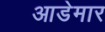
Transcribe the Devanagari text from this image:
आडेमार